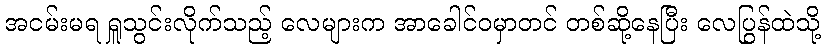
အငမ်းမရ ရှူသွင်းလိုက်သည့် လေများက အာခေါင်ဝမှာတင် တစ်ဆို့နေပြီး လေပြွန်ထဲသို့